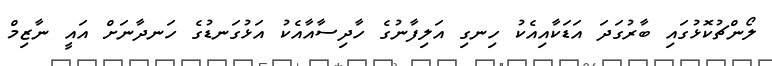
ލޯންޗުކޮޅުގައި ބާރުގަދަ އަޑަކާއިއެކު ހިނގި އަލިފާނުގެ ހާދިސާއާއެކު އަޅުގަނޑުގެ ހަނދާނަށް އައީ ނާޒިމް